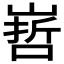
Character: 𭗀